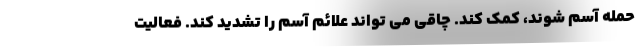
حمله آسم شوند، کمک کند. چاقی می تواند علائم آسم را تشدید کند. فعالیت